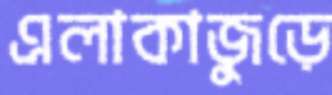
এলাকাজুড়ে